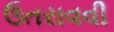
ઉતરાવવી